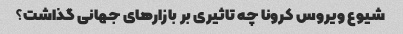
شیوع ویروس کرونا چه تاثیری بر بازارهای جهانی گذاشت؟